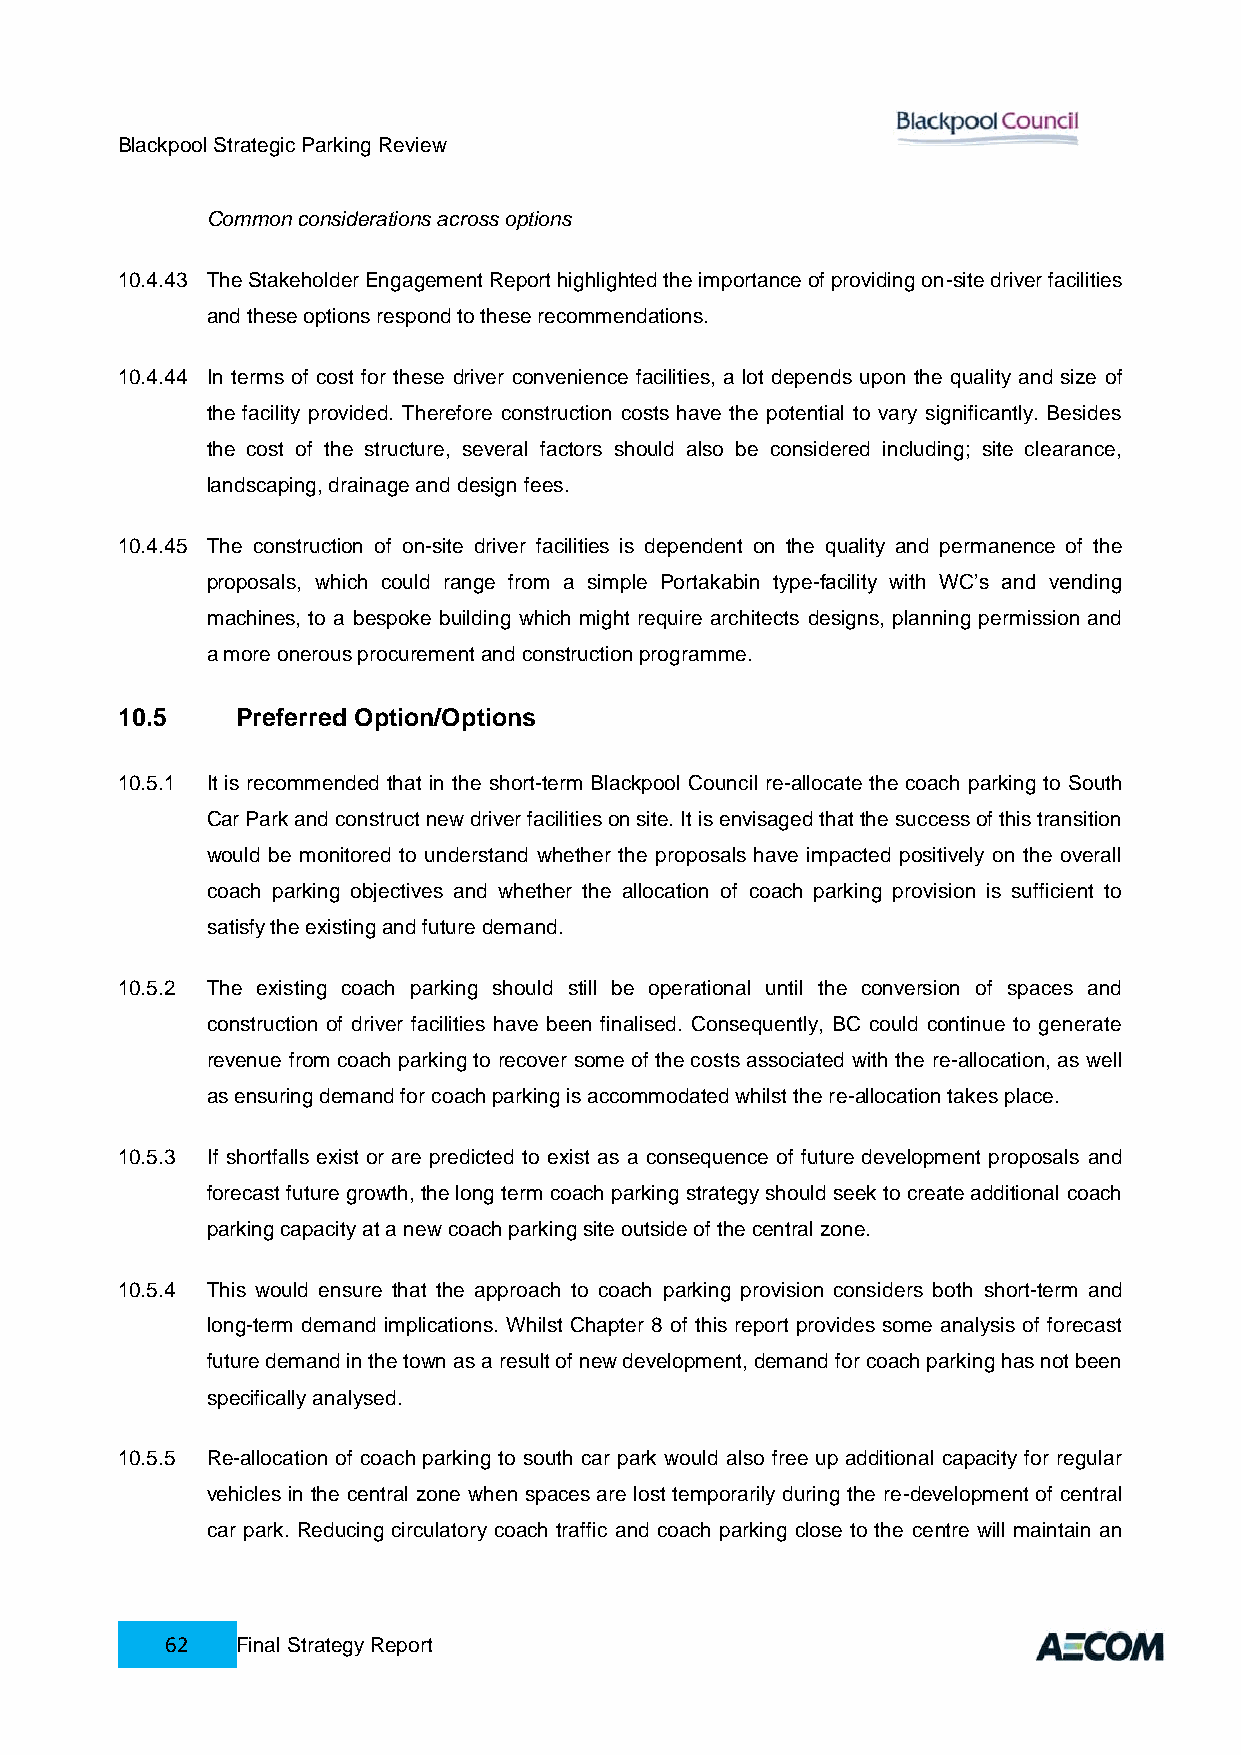
Blackpool Strategic Parking Review
 Common considerations across options
 10.4.43 The Stakeholder Engagement Report highlighted the importance of providing on-site driver facilities
 and these options respond to these recommendations.
 10.4.44 In terms of cost for these driver convenience facilities, a lot depends upon the quality and size of
 the facility provided. Therefore construction costs have the potential to vary significantly. Besides
 the cost of the structure, several factors should also be considered including; site clearance,
 landscaping, drainage and design fees.
 10.4.45 The construction of on-site driver facilities is dependent on the quality and permanence of the
 proposals, which could range from a simple Portakabin type-facility with WC’s and vending
 machines, to a bespoke building which might require architects designs, planning permission and
 a more onerous procurement and construction programme.
 10.5    Preferred Option/Options
 10.5.1 It is recommended that in the short-term Blackpool Council re-allocate the coach parking to South
 Car Park and construct new driver facilities on site. It is envisaged that the success of this transition
 would be monitored to understand whether the proposals have impacted positively on the overall
 coach parking objectives and whether the allocation of coach parking provision is sufficient to
 satisfy the existing and future demand.
 10.5.2 The existing coach parking should still be operational until the conversion of spaces and
 construction of driver facilities have been finalised. Consequently, BC could continue to generate
 revenue from coach parking to recover some of the costs associated with the re-allocation, as well
 as ensuring demand for coach parking is accommodated whilst the re-allocation takes place.
 10.5.3 If shortfalls exist or are predicted to exist as a consequence of future development proposals and
 forecast future growth, the long term coach parking strategy should seek to create additional coach
 parking capacity at a new coach parking site outside of the central zone.
 10.5.4 This would ensure that the approach to coach parking provision considers both short-term and
 long-term demand implications. Whilst Chapter 8 of this report provides some analysis of forecast
 future demand in the town as a result of new development, demand for coach parking has not been
 specifically analysed.
 10.5.5 Re-allocation of coach parking to south car park would also free up additional capacity for regular
 vehicles in the central zone when spaces are lost temporarily during the re-development of central
 car park. Reducing circulatory coach traffic and coach parking close to the centre will maintain an
 62   Final Strategy Report